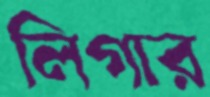
লিগার